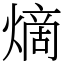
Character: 𪹧